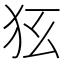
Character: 𤝃